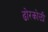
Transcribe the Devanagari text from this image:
ढोरकोळी